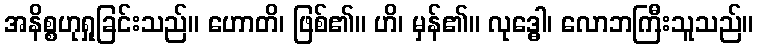
အနိစ္စဟုရှုခြင်းသည်။ ဟောတိ၊ ဖြစ်၏။ ဟိ၊ မှန်၏။ လုဒ္ဓေါ၊ လောဘကြီးသူသည်။